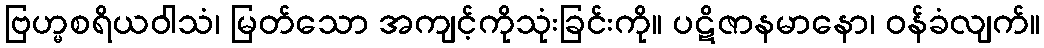
ဗြဟ္မစရိယဝါသံ၊ မြတ်သော အကျင့်ကိုသုံးခြင်းကို။ ပဋိဇာနမာနော၊ ဝန်ခံလျက်။